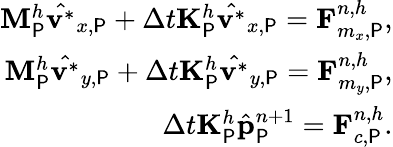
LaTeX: \begin{array}{r}{\mathbf{M}_{\P}^{h}\hat{\mathbf{v}^{\ast}}_{x,\P}+\Delta t\mathbf{K}_{\P}^{h}\hat{\mathbf{v}^{\ast}}_{x,\P}=\mathbf{F}_{m_{x},\P}^{n,h},}\\ {\mathbf{M}_{\P}^{h}\hat{\mathbf{v}^{\ast}}_{y,\P}+\Delta t\mathbf{K}_{\P}^{h}\hat{\mathbf{v}^{\ast}}_{y,\P}=\mathbf{F}_{m_{y},\P}^{n,h},}\\ {\Delta t\mathbf{K}_{\P}^{h}\hat{\mathbf{p}}_{\P}^{n+1}=\mathbf{F}_{c,\P}^{n,h}.}\end{array}